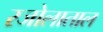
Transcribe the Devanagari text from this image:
रजोलाताल